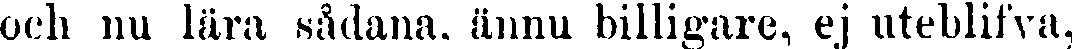
och nu lära sådana, ännu billigare, ej uteblifva,